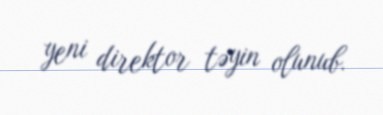
yeni direktor təyin olunub.